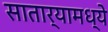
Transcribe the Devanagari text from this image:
सातार्‍यामध्ये